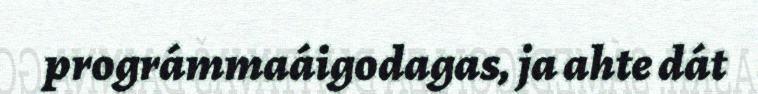
prográmmaáigodagas, ja ahte dát